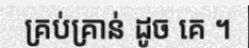
គ្រប់គ្រាន់ ដូច គេ ។